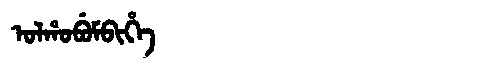
Manchu: ᠣᠯᡥᠣᠪᡠᠮᠪᡳᡥᡝ
Romanization: OLHOBUMBIHE